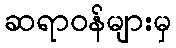
ဆရာဝန်များမှ